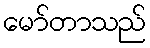
မော်တာသည်